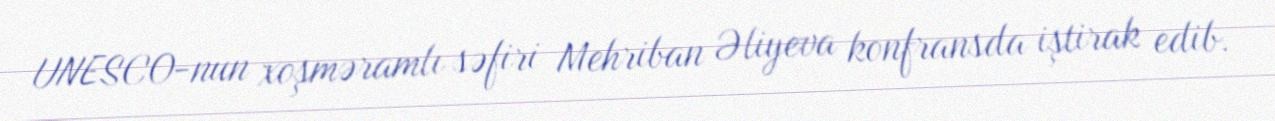
UNESCO-nun xoşməramlı səfiri Mehriban Əliyeva konfransda iştirak edib.